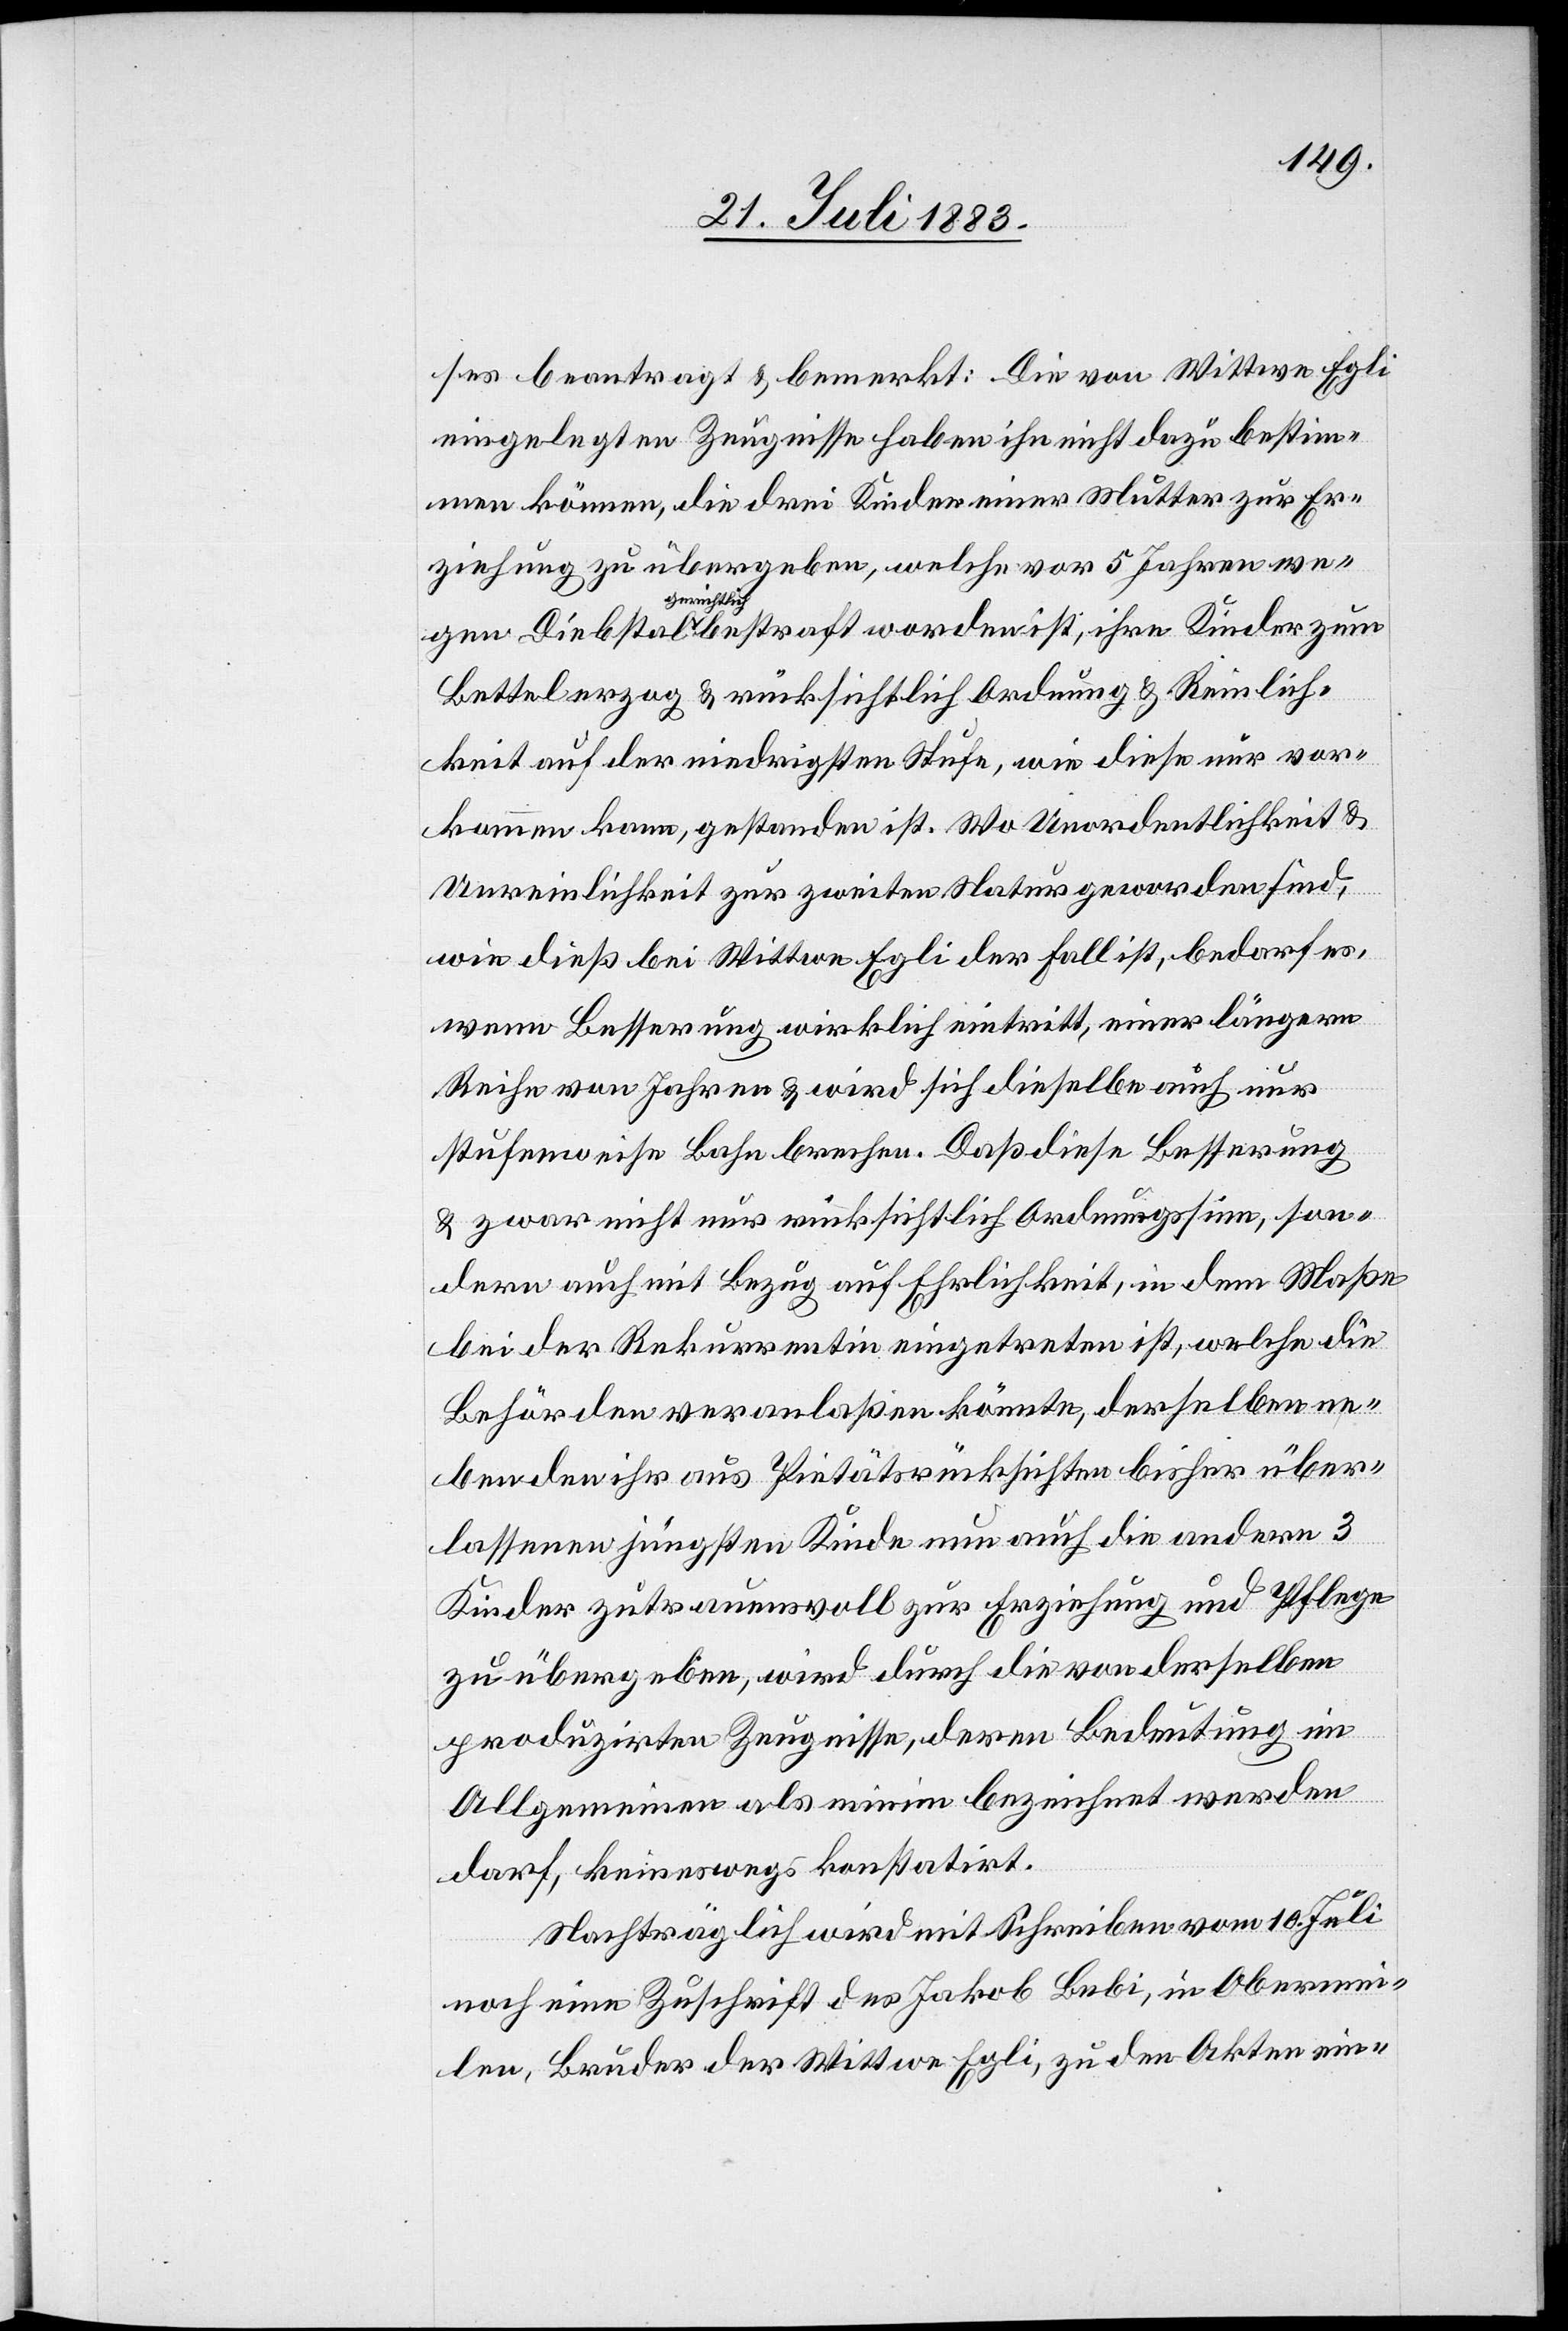
ses beantragt & bemerkt: Die von Wittwe Egli
eingelegten Zeugnisse haben ihn nicht dazu bestim¬
men können, die drei Kinder einer Mutter zur Er¬
ziehung zu übergeben, welche vor 5 Jahren wegen
gerichtlich
Bettel erzog & rücksichtlich Ordnung & Reinlich¬
keit auf der niedrigsten Stufe, wie diese nur vor¬
kommen kann, gestanden ist. Wo Unordentlichkeit &
Unreinlichkeit zur zweiten Natur geworden sind,
wie dieß bei Wittwe Egli der Fall ist, bedarf es,
wenn Besserung wirklich eintritt, einer längern
Reihe von Jahren & wird sich dieselbe auch nur
stufenweise Bahn brechen. Daß diese Besserung
& zwar nicht nur rücksichtlich Ordnungssinn, son¬
dern auch mit Bezug auf Ehrlichkeit, in dem Maße
bei der Rekurrentin eingetreten ist, welche die
Behörden veranlaßen könnte, derselben neben
[recte: dem] ihr aus Pietätsrücksichten bisher über¬
lassenen jüngsten Kinde nun auch die andern 3
Kinder zutrauensvoll zur Erziehung und Pflege
zu übergeben, wird durch die von derselben
produzirten Zeugnisse, deren Bedeutung im
Allgemeinen als minim bezeichnet werden
darf, keineswegs konstatirt.
Nachträglich wird mit Schreiben vom 10. Juli
noch eine Zuschrift des Jakob Bebi, in Oberme¬
ilen, Bruder der Wittwe Egli, zu den Akten ein-